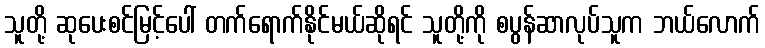
သူတို့ ဆုပေးစင်မြင့်ပေါ် တက်ရောက်နိုင်မယ်ဆိုရင် သူတို့ကို စပွန်ဆာလုပ်သူက ဘယ်လောက်